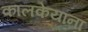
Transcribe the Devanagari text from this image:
कालकेयांना